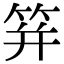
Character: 䈂